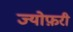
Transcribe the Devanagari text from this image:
ज्योफ़री